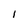
Character: I